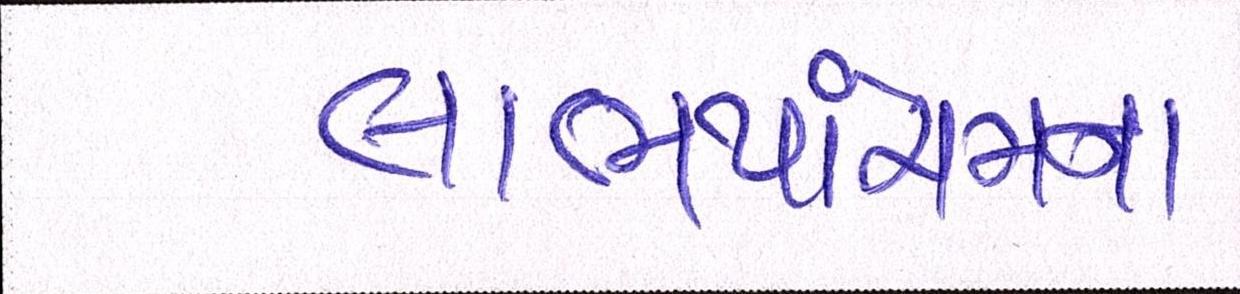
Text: લાભપાંચમના